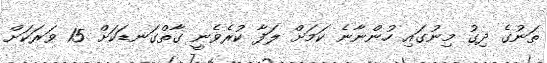
ތަނުގެ ދިގު މިނުގައި ހުންނާނެ ކަމަށް ލަފާ ކުރެވެނީ ގާތްގަނޑަކަށް 15 ވަރަކަށް